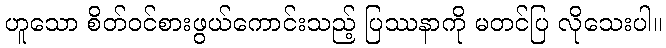
ဟူသော စိတ်ဝင်စားဖွယ်ကောင်းသည့် ပြဿနာကို မတင်ပြ လိုသေးပါ။